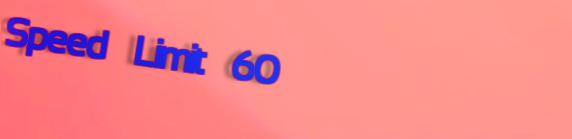
Speed Limit 60